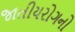
જાતીયરોગનો